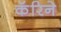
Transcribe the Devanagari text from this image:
कॅरिने